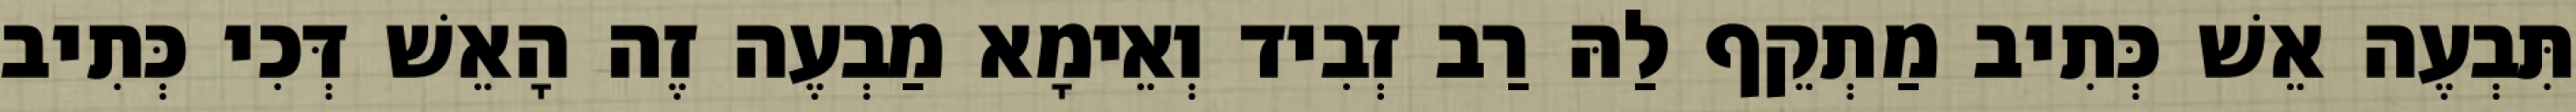
תִּבְעֶה אֵשׁ כְּתִיב מַתְקֵף לַהּ רַב זְבִיד וְאֵימָא מַבְעֶה זֶה הָאֵשׁ דְּכִי כְּתִיב